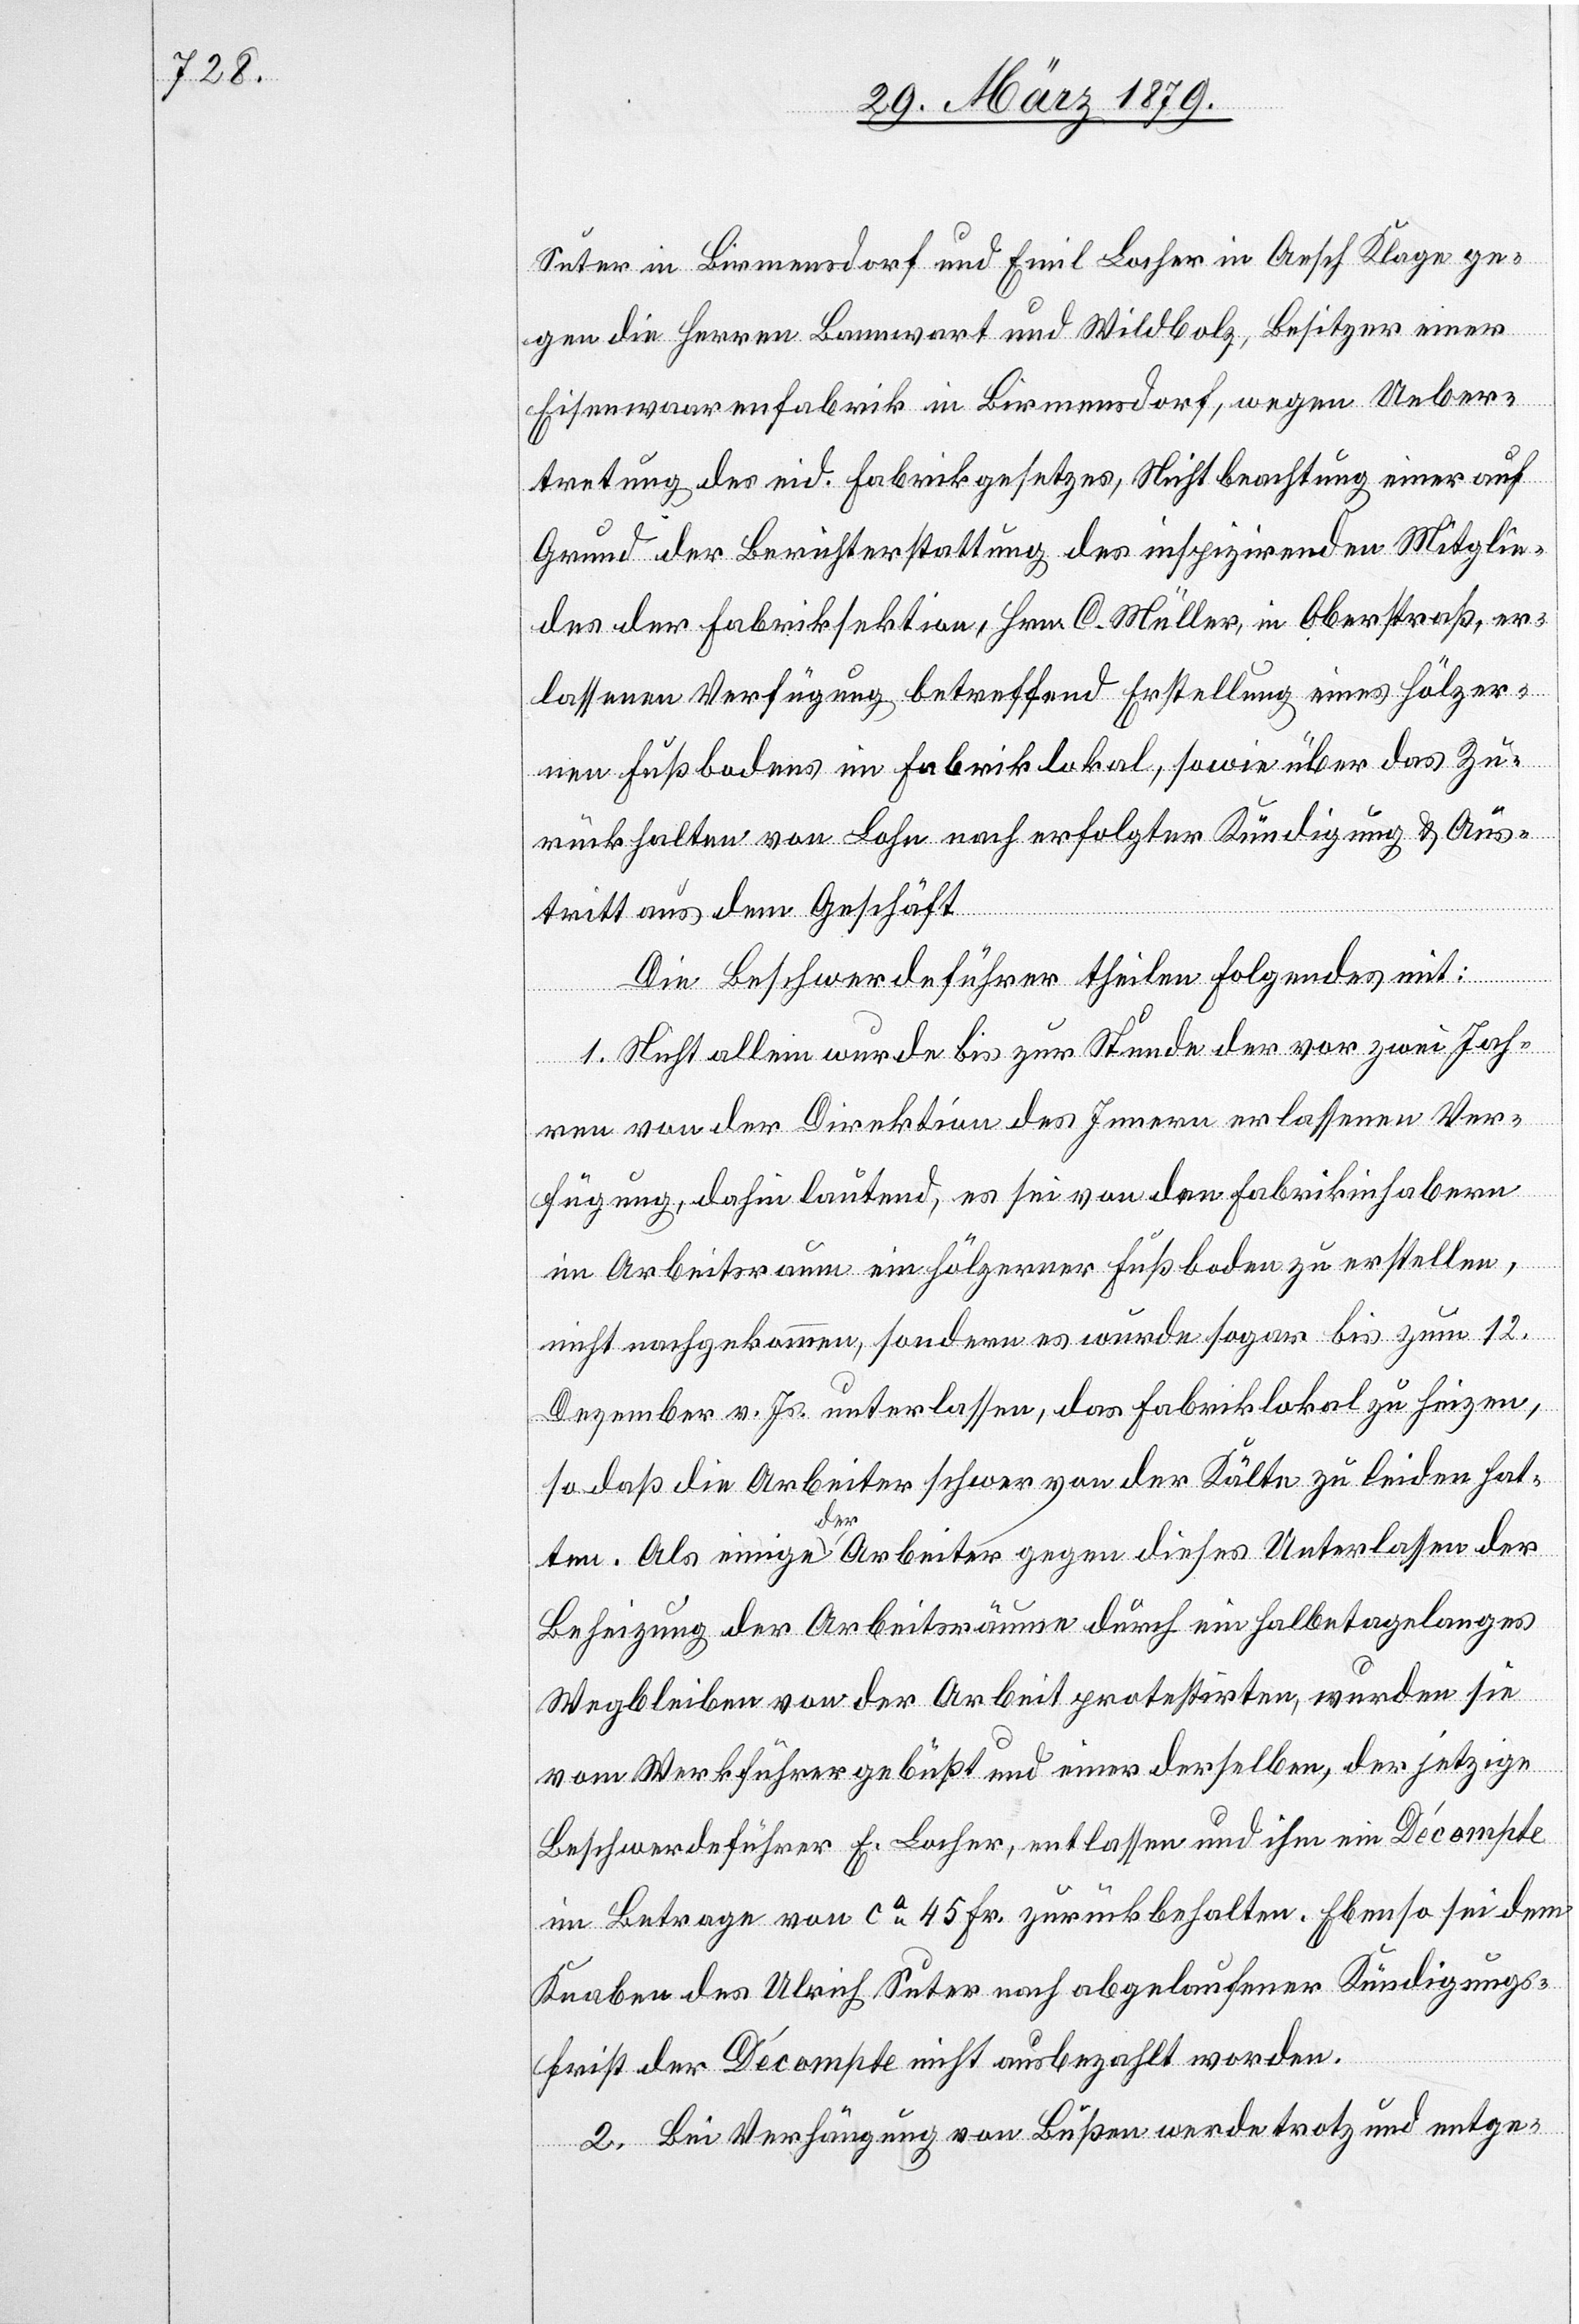
Suter in Birmensdorf und Emil Locher in Aesch Klage ge¬
gen die Herren Bannwart und Wildbolz, Besitzer einer
Eisenwaarenfabrik in Birmensdorf, wegen Ueber¬
tretung des eid. Fabrikgesetzes, Nichtbeachtung einer auf
Grund der Berichterstattung des inspizirenden Mitglie¬
des der Fabriksektion, Hrn. C. Müller, in Oberstraß, er¬
lassenen Verfügung betreffend Erstellung eines hölzer¬
nen Fußbodens im Fabriklokal, sowie über das Zu¬
rückhalten von Lohn nach erfolgter Kündigung & Aus¬
tritt aus dem Geschäft.
Die Beschwerdeführer theilen Folgendes mit:
1. Nicht allein wurde bis zur Stunde der vor zwei Jah¬
ren von der Direktion des Innern erlassenen Ver¬
fügung, dahin lautend, es sei von den Fabrikinhabern
im Arbeitsraum ein hölzerner Fußboden zu erstellen,
nicht nachgekommen, sondern es wurde sogar bis zum 12.
Dezember v. Js. unterlassen, das Fabriklokal zu heizen,
so daß die Arbeiter schwer von der Kälte zu leiden hat¬
ten. Als einige der Arbeiter gegen dieses Unterlassen der
Beheizung der Arbeitsräume durch ein halbetagelanges
Wegbleiben von der Arbeit protestirten, wurden sie
vom Werkführer gebüßt und einer derselben, der jetzige
Beschwerdeführer E. Locher, entlassen und ihm ein Décompte
im Betrage von ca 45 Fr. zurückbehalten. Ebenso sei dem
Knaben des Ulrich Suter nach abgelaufener Kündigungs¬
frist der Décompte nicht ausbezahlt worden.
2. Bei Verhängung von Bußen werde trotz und entge-